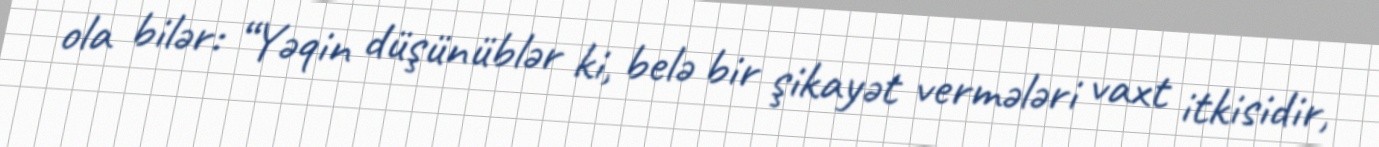
ola bilər: “Yəqin düşünüblər ki, belə bir şikayət vermələri vaxt itkisidir,